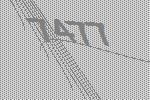
7477